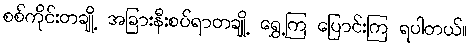
စစ်ကိုင်းတချို့ အခြားနီးစပ်ရာတချို့ ရွှေ့ကြ ပြောင်းကြ ရပါတယ်။